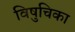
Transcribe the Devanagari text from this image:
विषुचिका